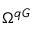
\Omega ^ { q G }